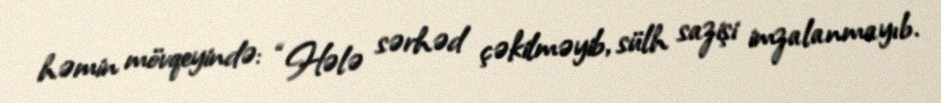
həmin mövqeyində: “Hələ sərhəd çəkilməyib, sülh sazişi imzalanmayıb.